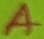
Text: A